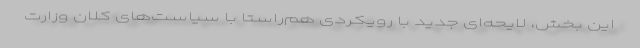
این بخش، لایحه‌ای جدید با رویکردی هم‌راستا با سیاست‌های کلان وزارت